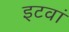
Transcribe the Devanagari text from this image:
इटवां